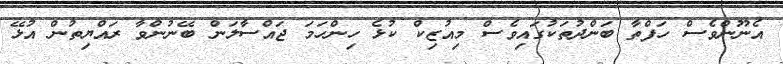
އެނޫންވެސް ހަފްތާ ބަންދުތަކުގައިވެސް މިއުޒިކް ކުޅެ ހިންހަމަ ޖައްސާލަން ބޭނުންވާ ރައްޔިތުން އުޅޭ